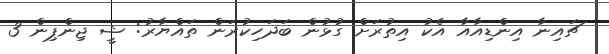
ޗައިނާ އިންޑިއާއާ އެކު އިތުރަށް ގުޅުން ބަދަހިކުރަން ތައްޔާރު: ޝީ ޖިންޕިން 3